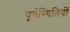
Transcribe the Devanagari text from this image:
पूर्वस्थितियों